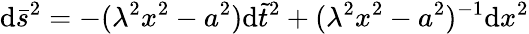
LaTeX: \mathrm{d}\bar{{s}}^{2}=-(\lambda^{2}x^{2}-a^{2})\mathrm{d}\tilde{{t}}^{2}+(\lambda^{2}x^{2}-a^{2})^{-1}\mathrm{d}x^{2}